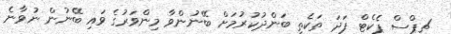
ޗިޕްސް ޕެކެޓް ފަދަ ތަކެތި ބަންދުކުރުމަށް ބޭނުންވާ މިންވަރުގެ ވައި ބޭނުން ނުވާނެ